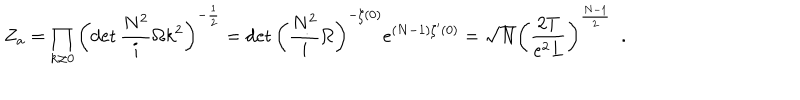
Z _ { a } = \prod _ { k \neq 0 } \left( \det \frac { N ^ { 2 } } { i } \Omega k ^ { 2 } \right) ^ { - \frac { 1 } { 2 } } = \det \left( \frac { N ^ { 2 } } { i } \Omega \right) ^ { - \zeta ( 0 ) } e ^ { ( N - 1 ) \zeta ^ { \prime } ( 0 ) } = \sqrt { N } \left( \frac { 2 T } { e ^ { 2 } L } \right) ^ { \frac { N - 1 } { 2 } } \ \ .